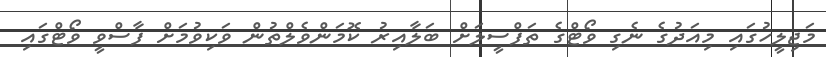
މަޖިލީހުގައި މިއަދުގެ ނެގި ވޯޓްގެ ތަފްސީލަށް ބަލާއިރު ކޮމަންވެލްތުން ވަކިވުމަށް ފާސްވީ ވޯޓްގައި